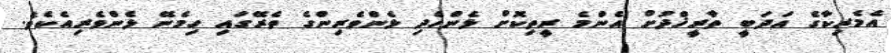
އެމެރިކާގެ އަދަބީ ތާރީޚްދުށް އެންމެ ރީތިކޮށް ޅެންހެދި ޅެންވެރިންގެ ތެރޭގައި ހިމެނޭ ޅެންވެރިއެކެވެ.